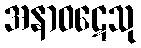
အနာဝဋေသု